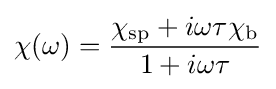
\chi (\omega )={\frac {\chi _{\text{sp}}+i\omega \tau \chi _{\text{b}}}{1+i\omega \tau }}